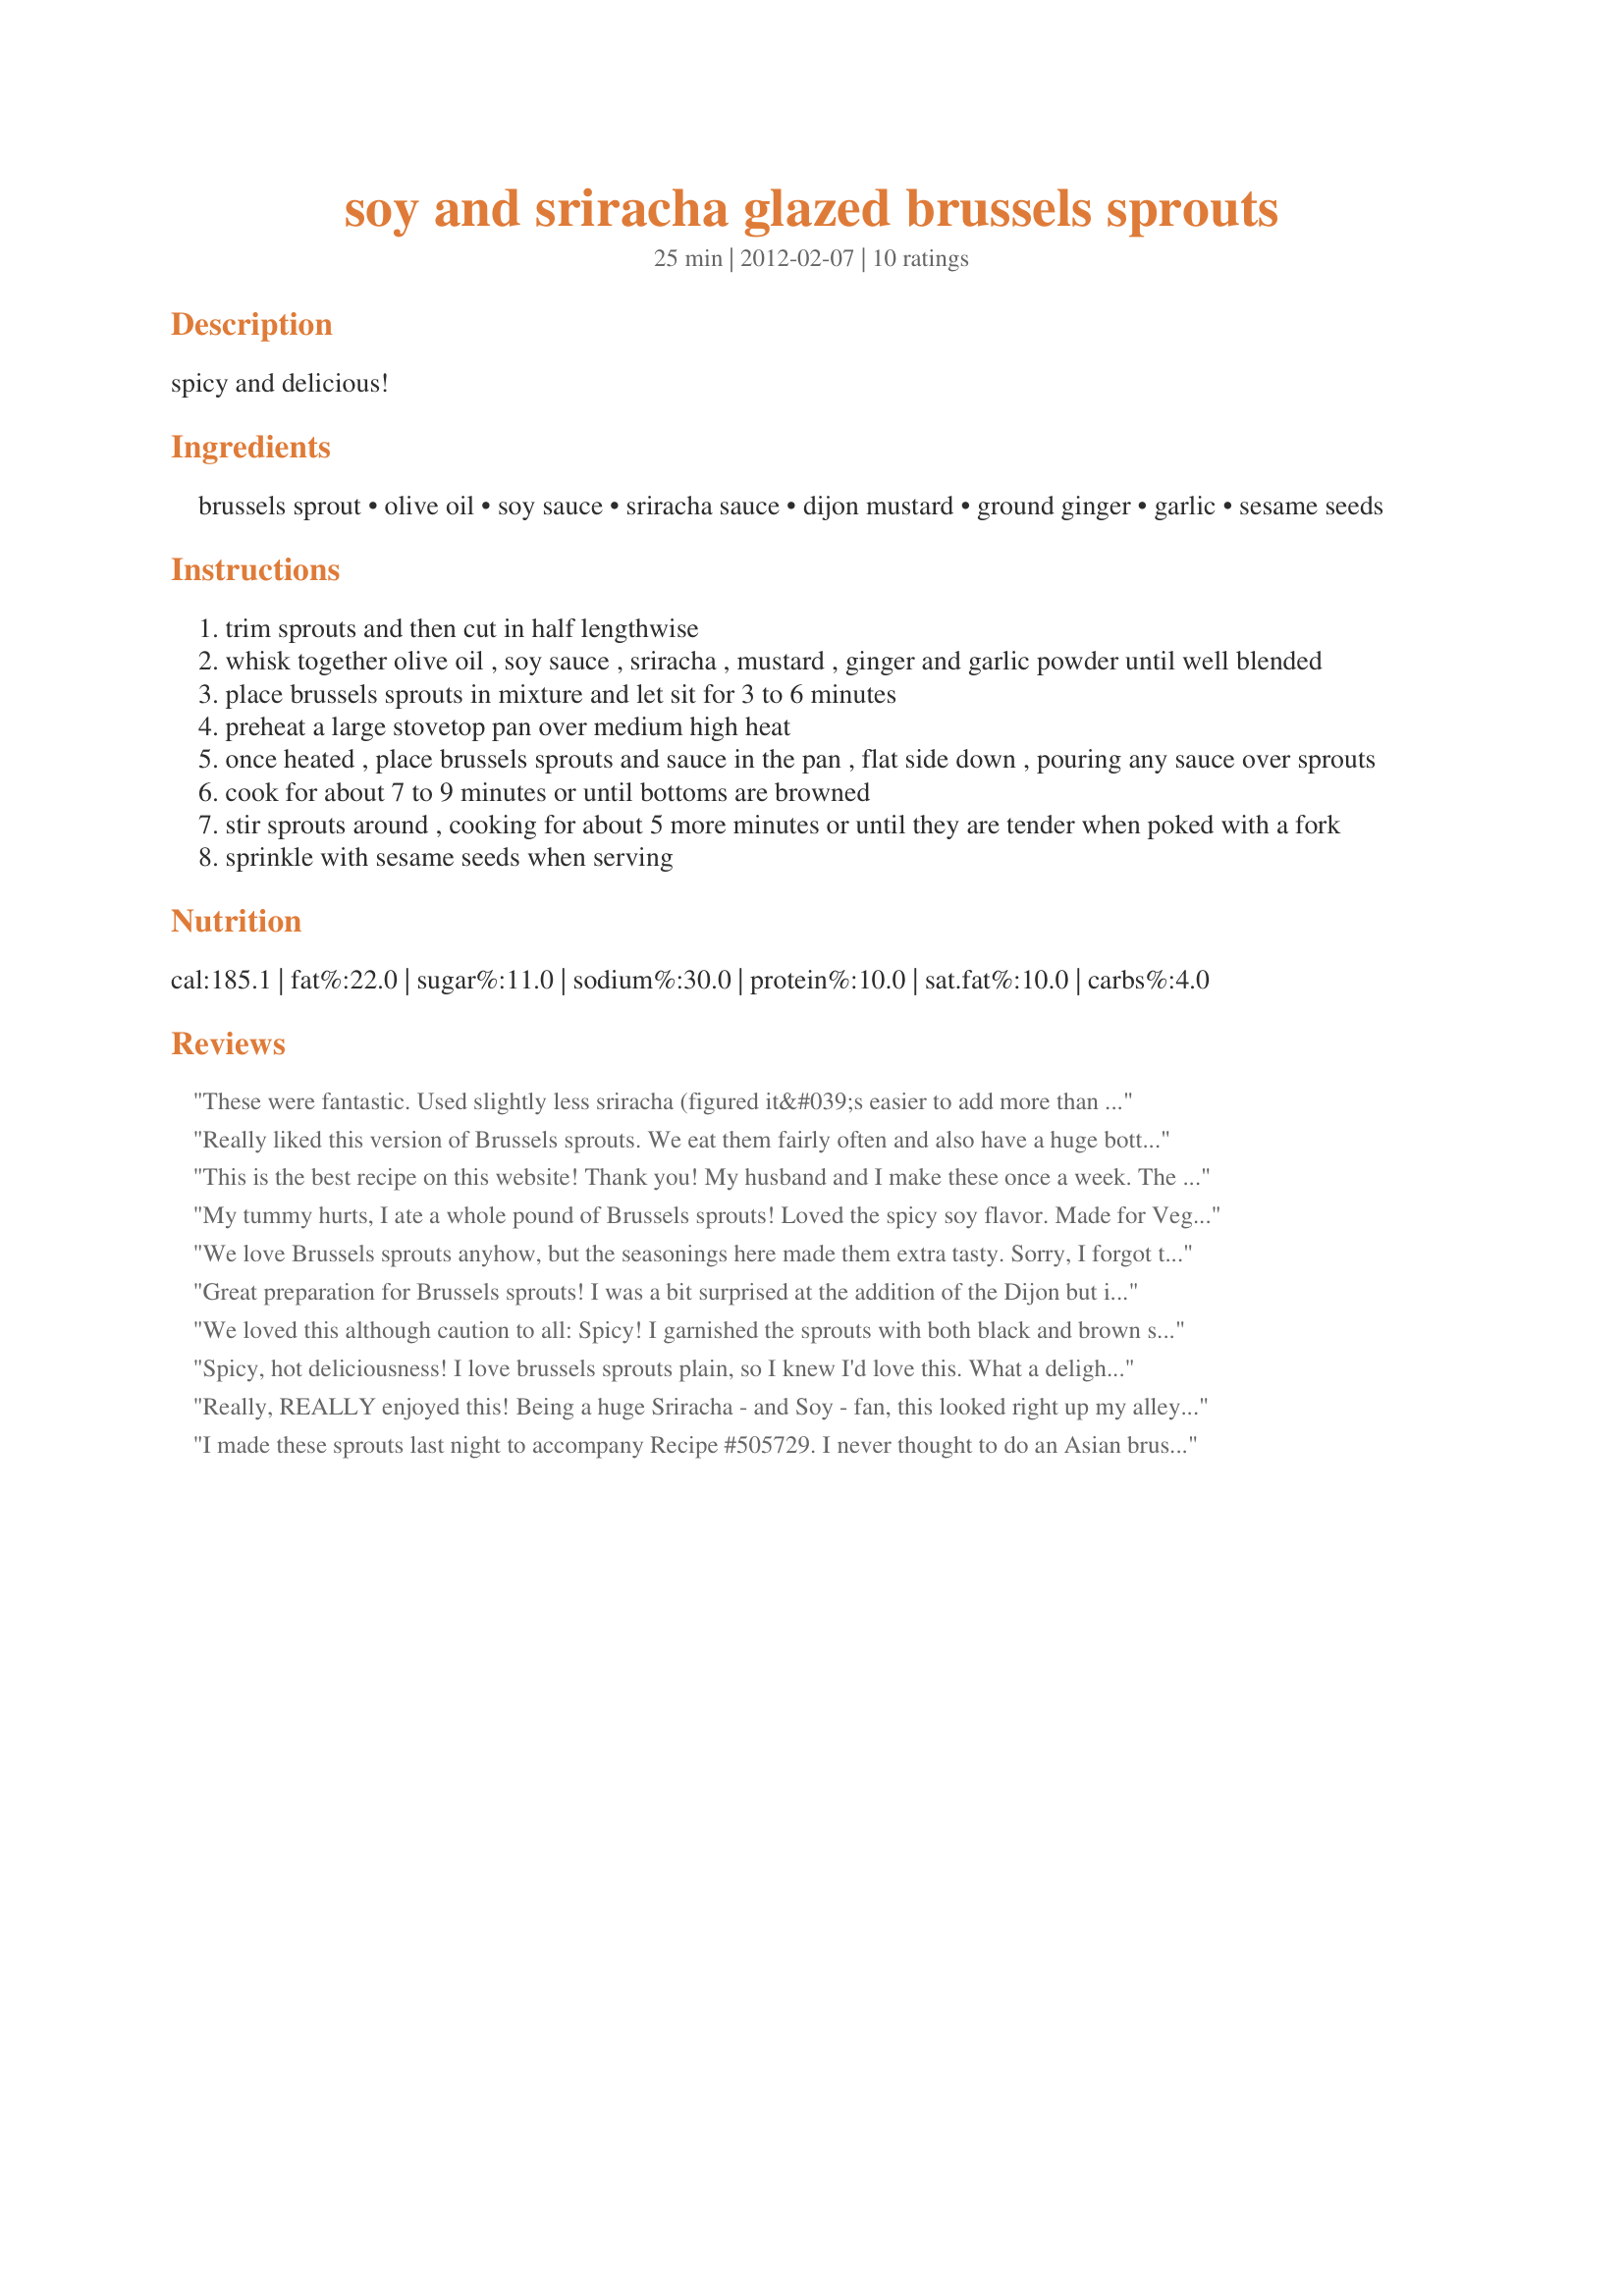
soy and sriracha glazed brussels sprouts
Preparation time: 25 minutes

spicy and delicious!

Ingredients:
brussels sprout, olive oil, soy sauce, sriracha sauce, dijon mustard, ground ginger, garlic, sesame seeds

Steps:
trim sprouts and then cut in half lengthwise
whisk together olive oil , soy sauce , sriracha , mustard , ginger and garlic powder until well blended
place brussels sprouts in mixture and let sit for 3 to 6 minutes
preheat a large stovetop pan over medium high heat
once heated , place brussels sprouts and sauce in the pan , flat side down , pouring any sauce over sprouts
cook for about 7 to 9 minutes or until bottoms are browned
stir sprouts around , cooking for about 5 more minutes or until they are tender when poked with a fork
sprinkle with sesame seeds when serving

Reviews:
These were fantastic. Used slightly less sriracha (figured it&#039;s easier to add more than subtract) and slightly less dijon (personal preference), and ate EVERYTHING! We put some agave nectar on our plates to dip the sprouts in and it was even better!
Really liked this version of Brussels sprouts. We eat them fairly often and also have a huge bottle of sriracha on hand at all times, so this recipes was perfect for us! I also used a little less sriracha on mine and more for my DH...very adjustable recipes! Made for the Hot Pink Panthers, ZWT9.
This is the best recipe on this website! Thank you! My husband and I make these once a week. The kids won’t eat them but it’s more for us ;)
My tummy hurts, I ate a whole pound of Brussels sprouts! Loved the spicy soy flavor. Made for Vegetarian swap-June 2013.
We love Brussels sprouts anyhow, but the seasonings here made them extra tasty. Sorry, I forgot to take a photo of the plated sprouts, after the sesame seeds were added (took photo while they were cooking in the pan). Thanks for posting! Made for The Hot Pink Panthers for ZWT9
Great preparation for Brussels sprouts! I was a bit surprised at the addition of the Dijon but it really worked. Loved the way the sprouts caramelized in the sauce. Spicy and delicious - thanks for sharing the recipe! Made for ZWT9, The Apron String Travelers
We loved this although caution to all: Spicy! I garnished the sprouts with both black and brown sesame seeds and arranged some fresh cilantro around the edge of the plate! Yum! Will make again! Reviewed for Veg Tag/March.
Spicy, hot deliciousness! I love brussels sprouts plain, so I knew I'd love this. What a delight the added kick of heat is from the sriracha. Thank you so much for posting this....just wonderful!
Really, REALLY enjoyed this! Being a huge Sriracha - and Soy - fan, this looked right up my alley. Easy to prepare, and every last bit was scarfed up! Thanks for this one, I may use the marinade on cabbage, too. PS did not change a thing.
I made these sprouts last night to accompany Recipe #505729. I never thought to do an Asian brussels sprout recipe before. These were very good. Lots of spicy flavor. Made no modifications. Thanks! Made for ZWT9
